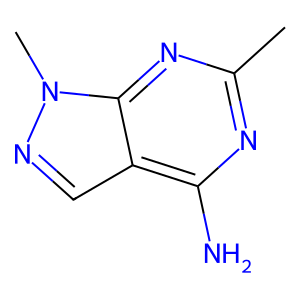
SMILES: Cc1nc(N)c2cnn(C)c2n1
Inhibits HIV replication: No